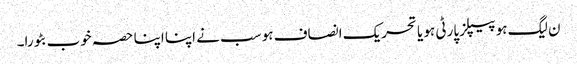
ن لیگ ہو پیپلز پارٹی ہو یا تحریک انصاف ہو سب نے اپنا اپنا حصہ خوب بٹورا۔